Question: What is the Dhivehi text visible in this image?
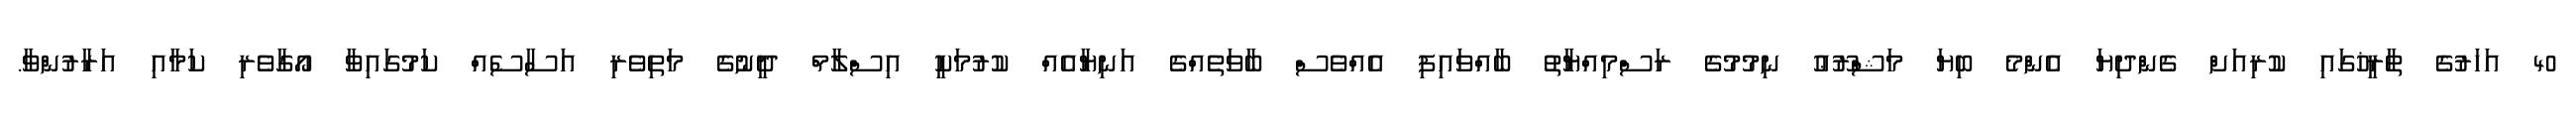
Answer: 40 އަހަރުގެ ތާރީޚުގައި ކުރިއަށް ގެންދިޔަ އެންމެ ބިޔަ މަޝްރޫޢު ނިމުމުގެ ރަސްމިއްޔާތު ބާއްވައިފި އެއްވެސް ބާވަތެއްގެ އަނިޔާއެއް ކުރުމަކީ އިސްލާމް ދީނުގެ މަތިވެރި އަސާސެއް ކަމުގައިވާ އޯގާވެރި ކަމާއި އަރާރުންވާ.